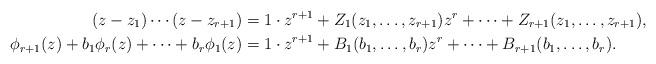
LaTeX: \begin{align*} (z-z_1) \cdots (z-z_{r+1}) &= 1 \cdot z^{r+1}+Z_1(z_1,\ldots,z_{r+1}) z^r+\cdots +Z_{r+1}(z_1,\ldots,z_{r+1}),\\\phi_{r+1}(z)+b_1 \phi_r(z) + \cdots +b_r \phi_1(z)&= 1 \cdot z^{r+1}+B_1(b_1,\ldots,b_r) z^r+\cdots +B_{r+1}(b_1,\ldots, b_r).\end{align*}